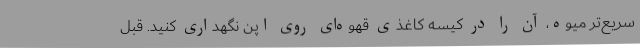
سریع‌تر میوه، آن را در کیسه کاغذی قهوه‌ای روی اپن نگهداری کنید. قبل